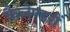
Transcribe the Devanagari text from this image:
कैलेण्डरों